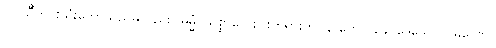
ဝါ၊ သိီတင်းသုံးဘော်သည်မူလည်း။ ဓမ္မံ၊ သစ္စာလေးပါးတရားကို။ န ဟေဝ ခေါ ဒေသေတိ၊ မဟော။